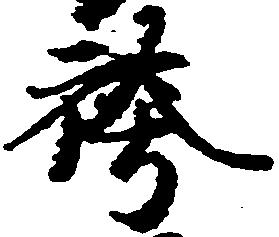
袴